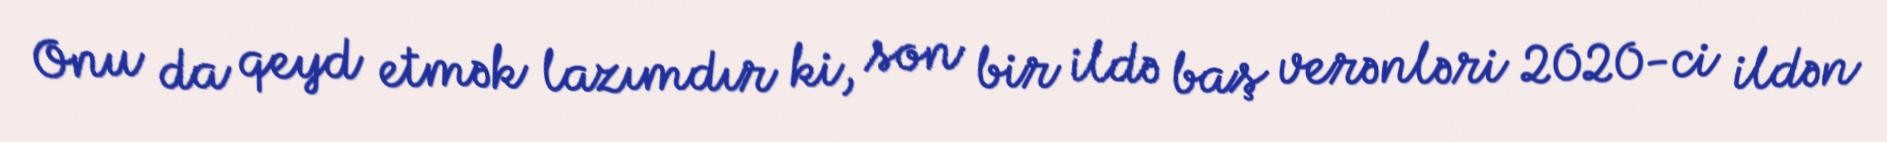
Onu da qeyd etmək lazımdır ki, son bir ildə baş verənləri 2020-ci ildən